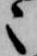
々